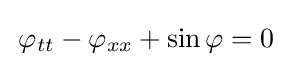
\displaystyle \,\varphi _{tt}-\varphi _{xx}+\sin \varphi =0